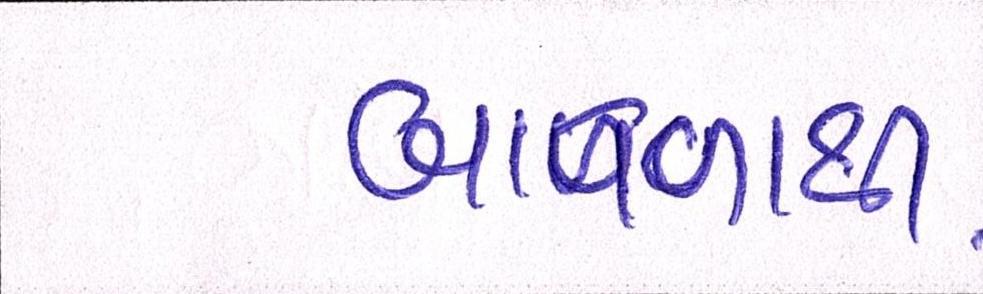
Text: બાવળાથી